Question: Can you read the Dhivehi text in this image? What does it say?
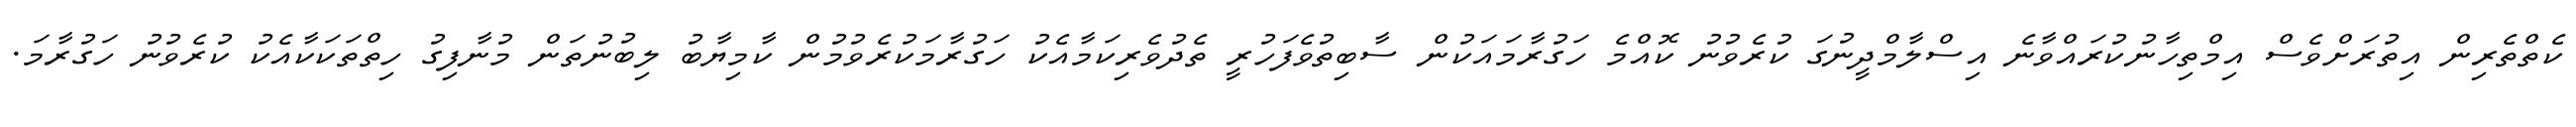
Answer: ކެތްތެރިން އިތުރަށްވެސް އިމްތިހާނުކުރައްވާނެ އިސްލާމްދީނުގަ ކުރެވުނު ކޮއްމެ ހަގުރާމައަކުން ސާބިތުވެފަހުރީ ތެދުވެރިކަމާއެކު ހަގުރާމަކުރެވުމުން ކާމިޔާބު ލިބުނުތަން މުނާފިގު ހިތްތަކަކާއެކު ކުރެވުނު ހަގުރާމަ.